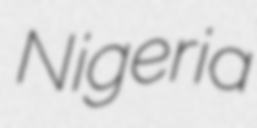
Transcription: Nigeria